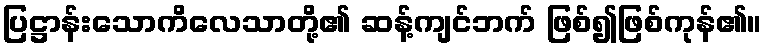
ပြဋ္ဌာန်းသောကိလေသာတို့၏ ဆန့်ကျင်ဘက် ဖြစ်၍ဖြစ်ကုန်၏။